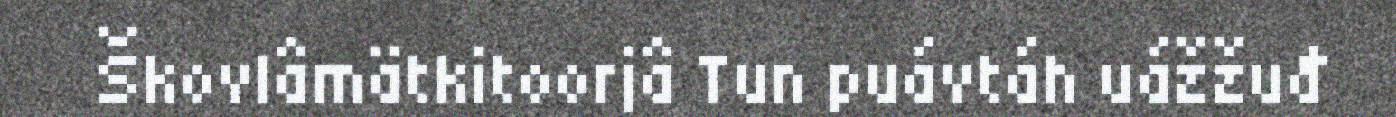
Škovlâmätkitoorjâ Tun puávtáh uážžuđ